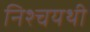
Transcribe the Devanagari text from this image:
निश्चयथी